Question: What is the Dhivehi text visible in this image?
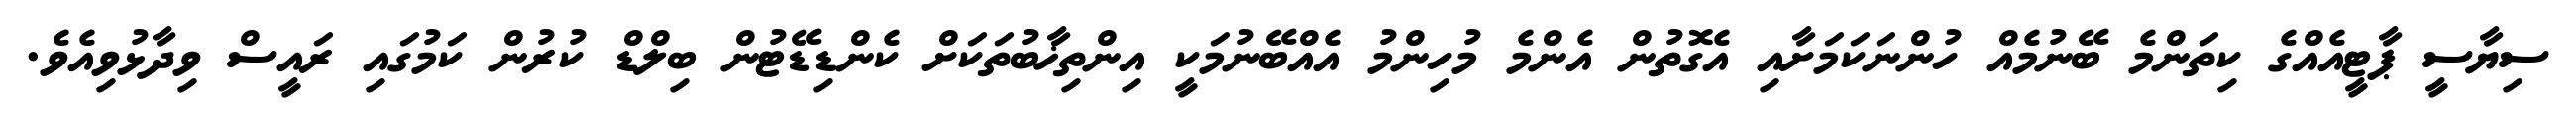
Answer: ސިޔާސީ ޕާޓީއެއްގެ ކިތަންމެ ބޭނުމެއް ހުންނަކަމަށާއި އެގޮތުން އެންމެ މުހިންމު އެއްބޭނުމަކީ އިންތިޚާބުތަކަށް ކެންޑިޑޭޓުން ބިލްޑް ކުރުން ކަމުގައި ރައީސް ވިދާޅުވިއެވެ.